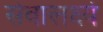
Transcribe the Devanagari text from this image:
सेवालक्ष्ये